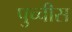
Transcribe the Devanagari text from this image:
पुच्चीस